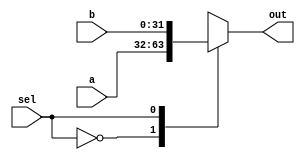
`timescale 1ns / 1ps
//////////////////////////////////////////////////////////////////////////////////
// Company: 
// Engineer: 
// 
// Design Name: 
// Module Name: MUX221
// Project Name: 
// Target Devices: 
// Tool Versions: 
// Description: 
// 
// Dependencies: 
// 
// Revision:
// Revision 0.01 - File Created
// Additional Comments:
// 
//////////////////////////////////////////////////////////////////////////////////


module MUX221
            #(parameter bits=32)
             (  input sel,
                input [bits-1:0] a, b,
                output reg [bits-1:0] out );
                
    always @(sel, a, b) begin
        case (sel) 
            1'b0: out = a;
            1'b1: out = b;
            default: out = 0;
        endcase
    end

endmodule